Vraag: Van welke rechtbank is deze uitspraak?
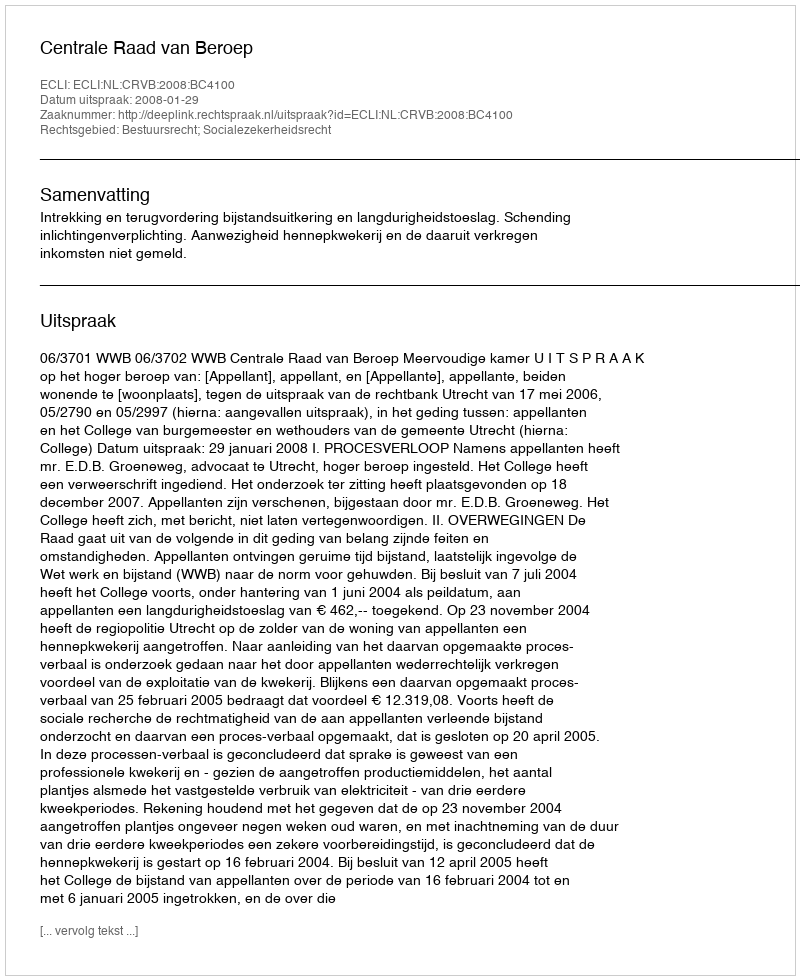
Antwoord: Centrale Raad van Beroep